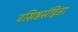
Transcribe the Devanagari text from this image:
वसिष्ठसंहिता